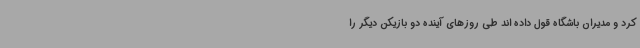
کرد و مدیران باشگاه قول داده اند طی روزهای آینده دو بازیکن دیگر را